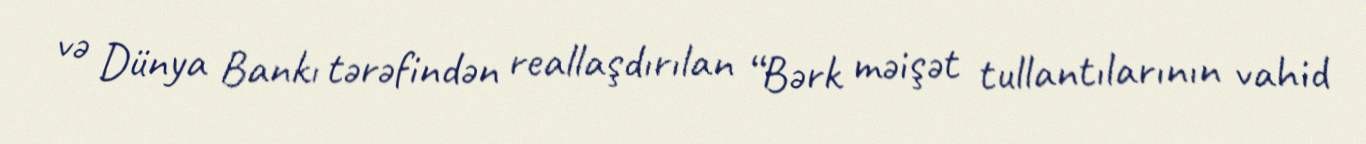
və Dünya Bankı tərəfindən reallaşdırılan “Bərk məişət tullantılarının vahid